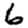
Digit: 6